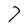
Character: 7